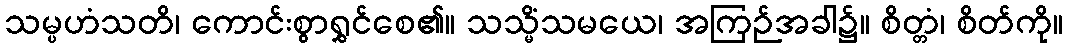
သမ္ပဟံသတိ၊ ကောင်းစွာရွှင်စေ၏။ သသ္မိံသမယေ၊ အကြဉ်အခါ၌။ စိတ္တံ၊ စိတ်ကို။